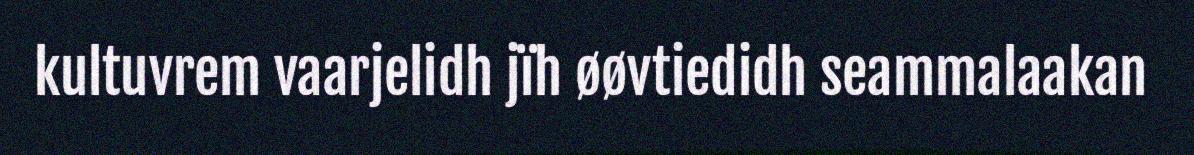
kultuvrem vaarjelidh jïh øøvtiedidh seammalaakan